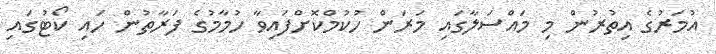
އުމަރުގެ އިތުރުން މި މައްސަލާގައި މަރަން ހުކުމްކޮށްފައިވާ ހުމާމުގެ ފަރާތުން ހައި ކޯޓުގައި